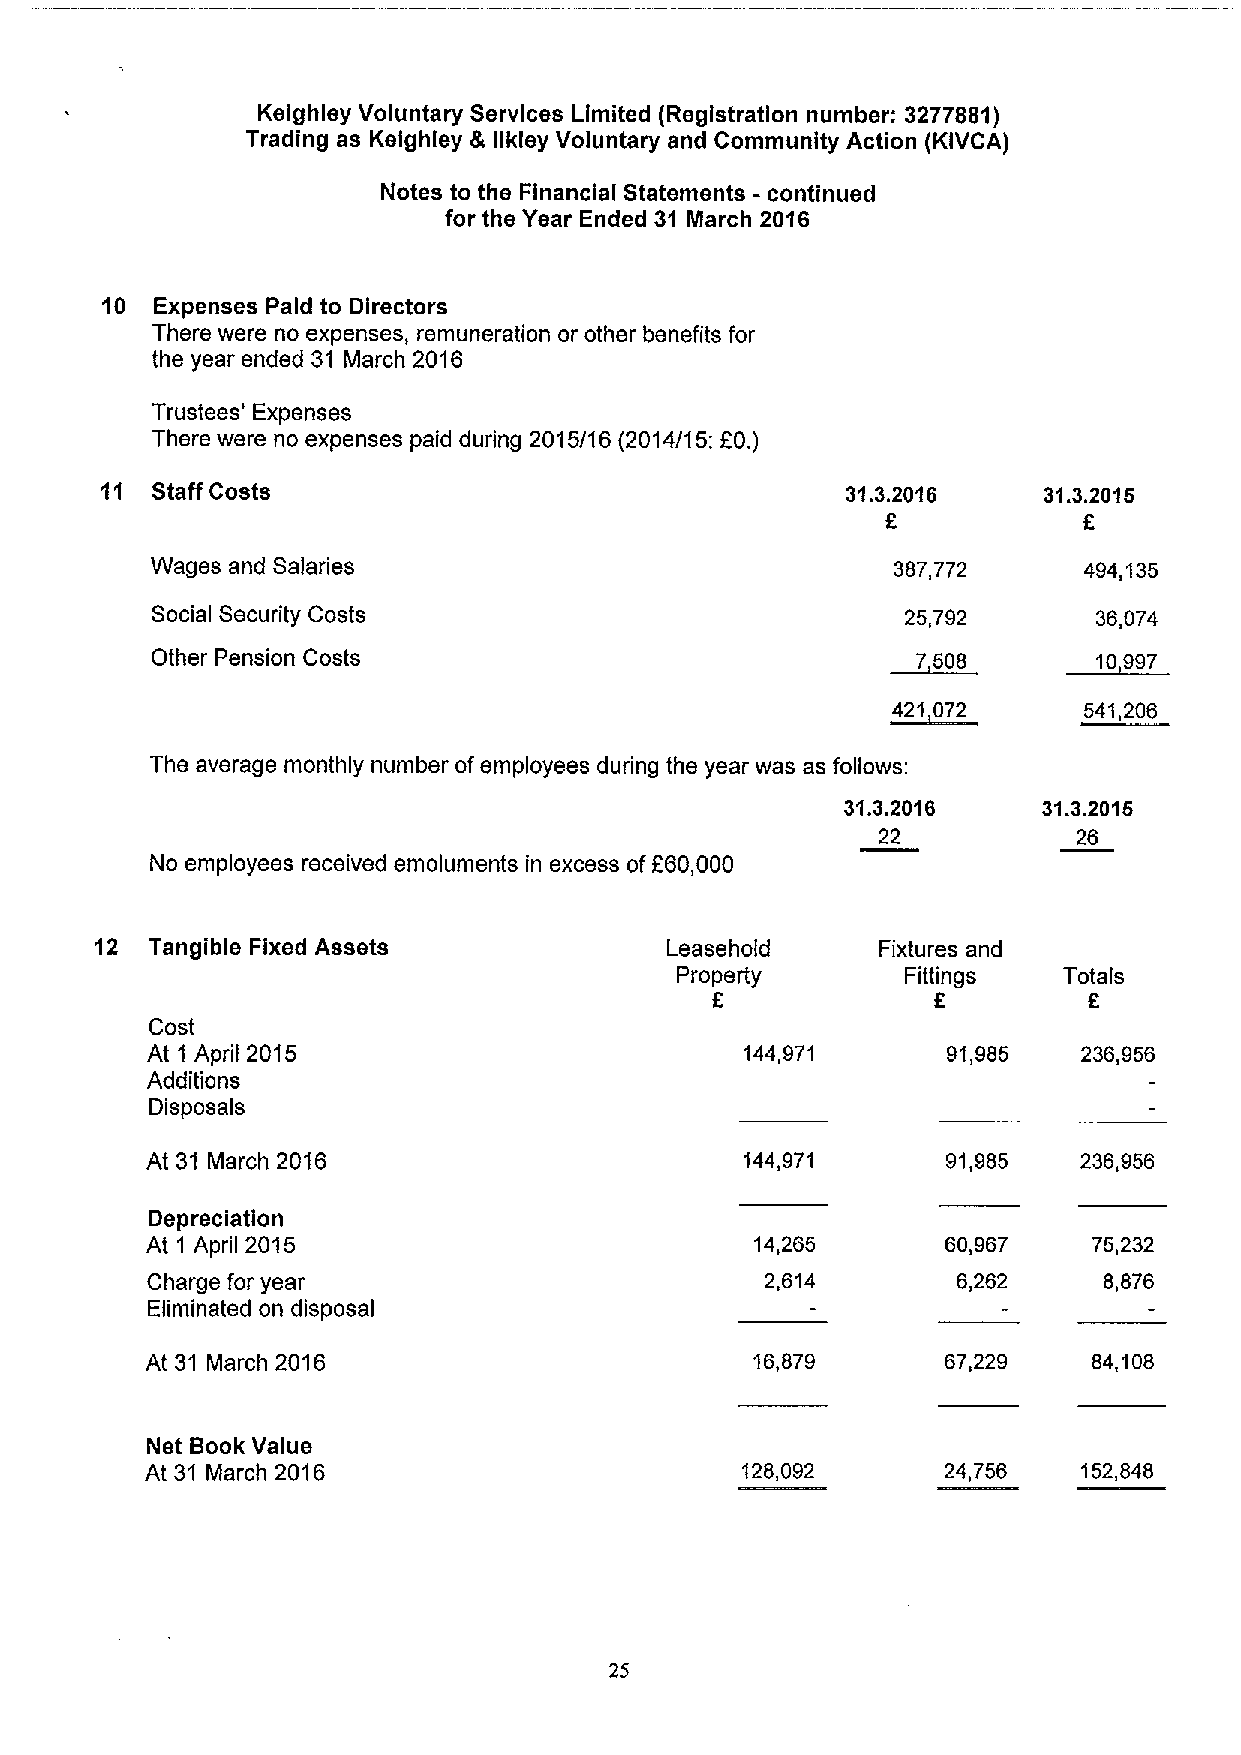
Kelghley Voluntary Services Limited (Registration number: 3277881)
 Trading as Kelghley & llkley Voluntary and Community Action (KIVCA)
 Notes to the Financial Statements - continued
 for the Year Ended 31 March 2016
 10 Expenses Paid to Directors
 There were no expenses, remuneration or other benefits for
 the year ended 31 March 2016
 Trustees' Expenses
 There were no expenses paid during 2015/16 (2014/15: EO.)
 11 Staff Costs                                   31.3.2016    31.3.2015
 f
 6
 Wages and Salaries                               387,772      494,135
 Social Security Costs                             25,792       36,074
 Other Pension Costs                              ~7508        10997
 421 072      541,206
 The average monthly number ofemployees during the year was as follows;
 31.3.2016    31.3.2015
 22           26
 No employees received emoluments in excess ofF60,000
 12  Tangible Fixed Assets             Leasehold     Fixtures and
 Property       Fittings  Totals
 5              E         6
 Cost
 At 1 April 2015                        144,971       91,985   236,956
 Additions
 Disposals
 At 31 March 2016                       144,971       91,985   236,956
 Depreciation
 At 1 April 2015                         14,265       60,967   75,232
 Charge for year                          2,614       6,262     8,876
 Eliminated on disposal
 At 31 March 2016                        16,879       67,229   84,108
 Net Book Value
 At 31 March 2016                       128,092       24,756   152,848
 25